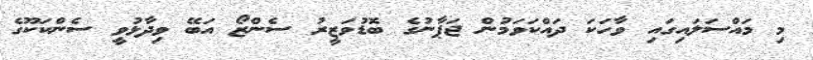
މި މައްސަލައިގައި ވާހަކަ ދައްކަވަމުން ޖަޕާނުގެ ބޮޑުވަޒީރު ސެންޒޯ އަބޭ ވިދާޅުވީ ސެންކަކޫގެ